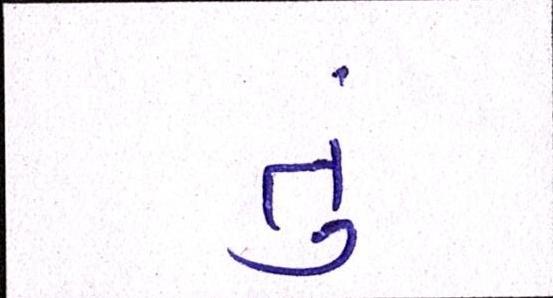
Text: તું